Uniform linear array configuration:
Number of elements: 16
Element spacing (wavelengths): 1
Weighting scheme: hann
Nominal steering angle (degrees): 60
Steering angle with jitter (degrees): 58.966
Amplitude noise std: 0.05
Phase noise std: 0.05

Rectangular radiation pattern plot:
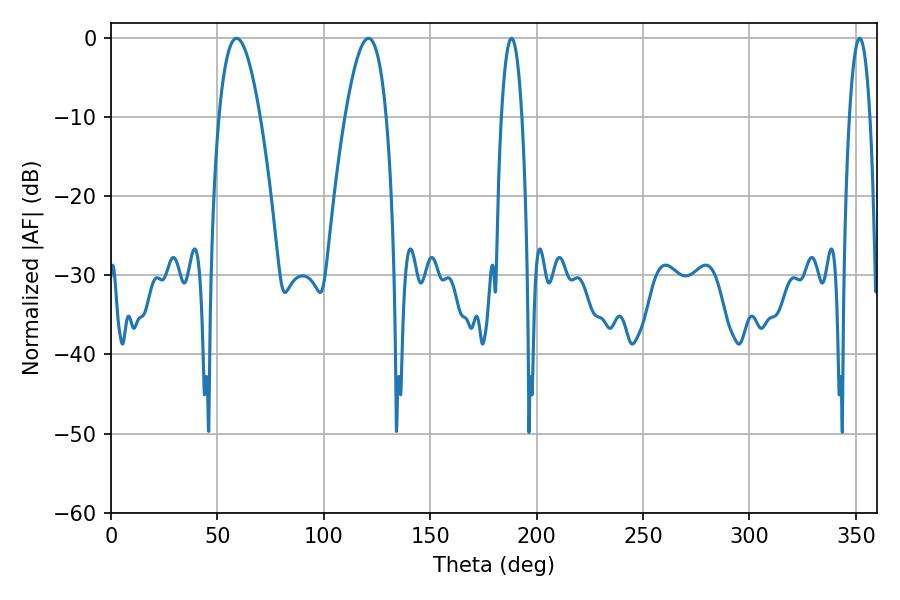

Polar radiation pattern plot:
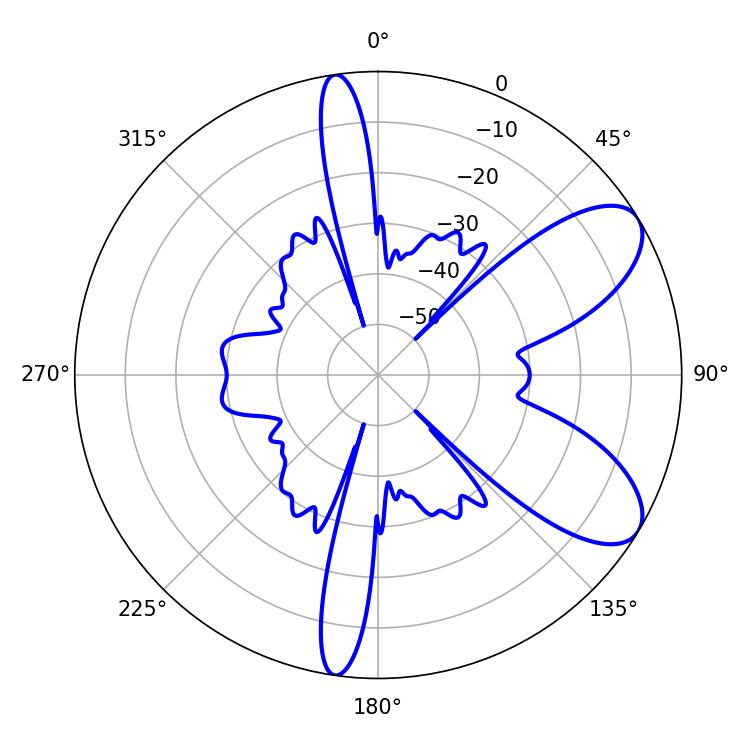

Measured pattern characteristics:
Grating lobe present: TRUE
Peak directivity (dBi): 8.038
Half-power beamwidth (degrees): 10.62
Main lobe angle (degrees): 59.04